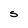
Character: S